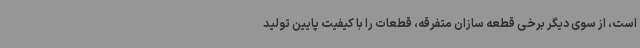
است، از سوی دیگر برخی قطعه سازان متفرقه، قطعات را با کیفیت پایین تولید